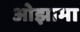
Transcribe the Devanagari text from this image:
ओझामा